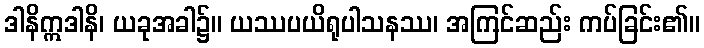
ဒါနိဣဒါနိ၊ ယခုအခါ၌။ ယဿပယိရုပါသနဿ၊ အကြင်ဆည်း ကပ်ခြင်း၏။